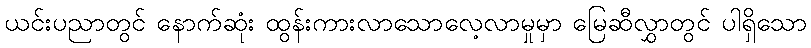
ယင်းပညာတွင် နောက်ဆုံး ထွန်းကားလာသောလေ့လာမှုမှာ မြေဆီလွှာတွင် ပါရှိသော